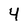
Character: 4